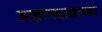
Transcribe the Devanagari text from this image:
अज्ञानदासाच्या